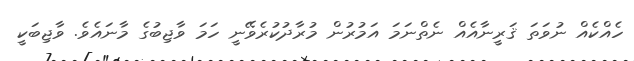
ހެއްކެއް ނުވަތަ ޤަރީނާއެއް ނެތްނަމަ އަމުރުން މުރާދުކުރެވޭނީ ހަމަ ވާޖިބުގެ މާނައެވެ. ވާޖިބަކީ